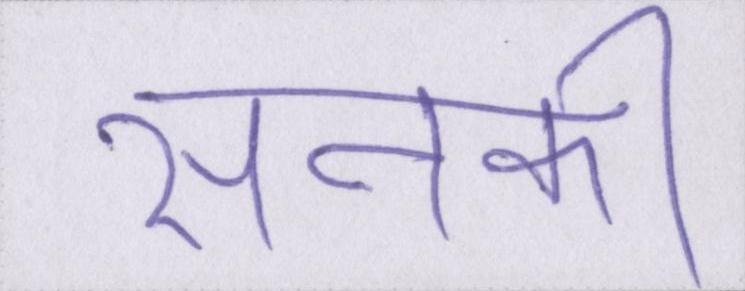
सनकी